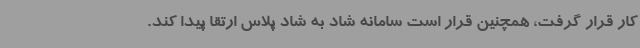
کار قرار گرفت، همچنین قرار است سامانه شاد به شاد پلاس ارتقا پیدا کند.